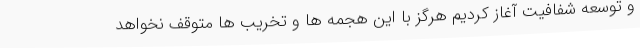
و توسعه شفافیت آغاز کردیم هرگز با این هجمه ها و تخریب ها متوقف نخواهد